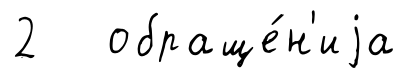
2 обраще́н'иjа